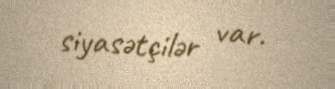
siyasətçilər var.